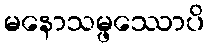
မနောသမ္ဖဿောပိ